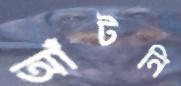
আঁটনি